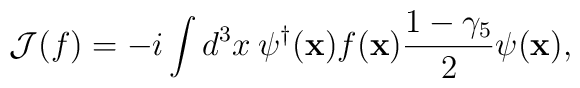
{\cal J}(f)=-i\int{d^{3}x\:{\psi^{\dagger}({\bf x})}f({\bf x})\frac{1-\gamma_{5}}{2}\psi({\bf x})},